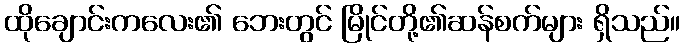
ထိုချောင်းကလေး၏ ဘေးတွင် မြိုင်တို့၏ဆန်စက်များ ရှိသည်။